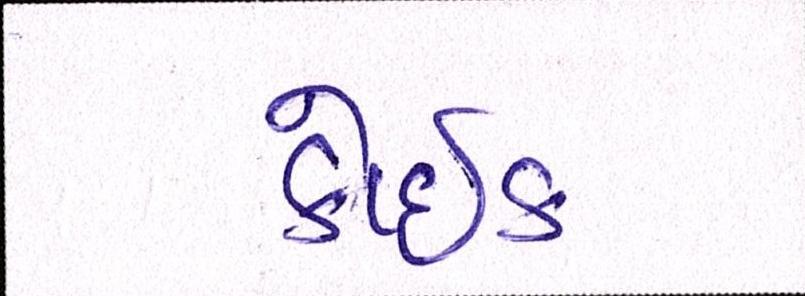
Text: કોઈક